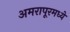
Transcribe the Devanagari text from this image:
अमरापूरमध्ये